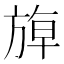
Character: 𰕬